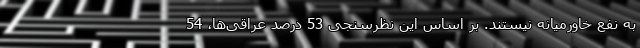
به نفع خاورمیانه نیستند. بر اساس این نظرسنجی 53 درصد عراقی‌ها، 54